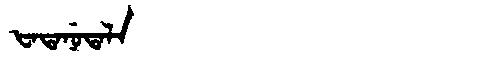
Manchu: ᡶᠠᡨᠠᠨᡠᡨᠠᠯᠠ
Romanization: FATANUTALA